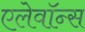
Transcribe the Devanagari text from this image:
एलेवॉन्स